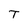
Character: T